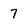
Character: 7